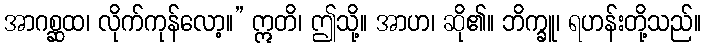
အာဂစ္ဆထ၊ လိုက်ကုန်လော့။” ဣတိ၊ ဤသို့။ အာဟ၊ ဆို၏။ ဘိက္ခူ၊ ရဟန်းတို့သည်။